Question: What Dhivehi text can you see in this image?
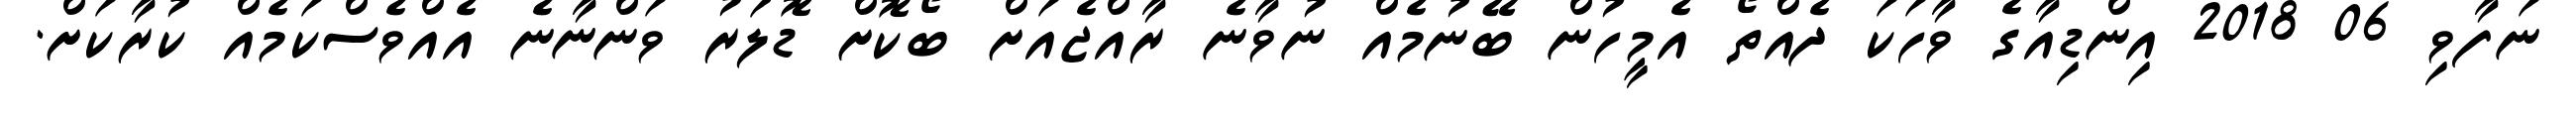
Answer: ނަފާވި 06 2018 އިންޑިއާގެ ވާހަކަ ދެއްތޯ އެމީހުން ބޭނުމެއް ނުވާނެ ރާއްޖެއަށް ބޯކޮށް ޑޮލަރު ވަންނާނެ އެއްވެސްކަމެއް ކުރާކަށް.